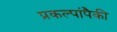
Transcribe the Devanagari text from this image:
प्रकल्पांपैकी